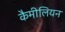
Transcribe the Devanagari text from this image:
कैमीलियन